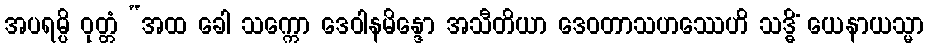
အပရမ္ပိ ဝုတ္တံ “အထ ခေါ သက္ကော ဒေဝါနမိန္ဒော အသီတိယာ ဒေဝတာသဟဿေဟိ သဒ္ဓိံ ယေနာယသ္မာ